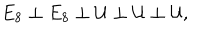
E _ { 8 } \perp E _ { 8 } \perp { \cal U } \perp { \cal U } \perp { \cal U } ,